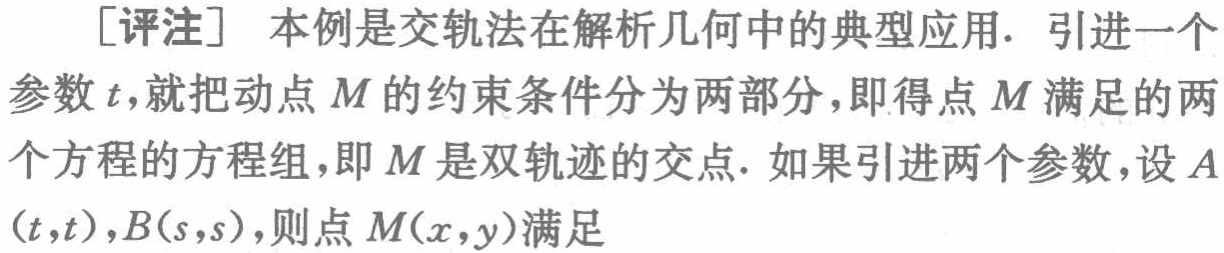
[评注] 本例是交轨法在解析几何中的典型应用. 引进一个

参数\(t\)，就把动点\(M\)的约束条件分为两部分，即得点\(M\)满足的两

个方程的方程组，即\(M\)是双轨迹的交点. 如果引进两个参数，设\(A\)

\((t,t)\)，\(B(s,s)\)，则点\(M(x,y)\)满足